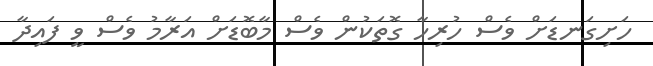
ހަށިގަނޑަށް ވެސް ހުރިހާ ގޮތަކުން ވެސް މާބޮޑަށް އަރާމު ވެސް ވީ ފައިދާ